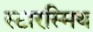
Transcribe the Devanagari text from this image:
स्टारस्मिथ